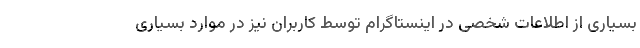
بسیاری از اطلاعات شخصی در اینستاگرام توسط کاربران نیز در موارد بسیاری